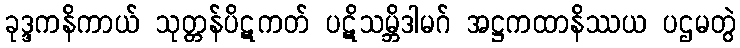
ခုဒ္ဒကနိကာယ် သုတ္တန်ပိဋကတ် ပဋိသမ္ဘိဒါမဂ် အဋ္ဌကထာနိဿယ ပဌမတွဲ